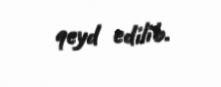
qeyd edilib.